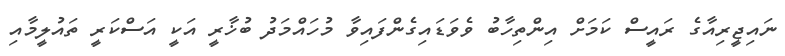
ނައިޖީރިއާގެ ރައީސް ކަމަށް އިންތިހާބު ވެވަޑައިގެންފައިވާ މުހައްމަދު ބުޚާރީ އަކީ އަސްކަރީ ތައުލީމާއި